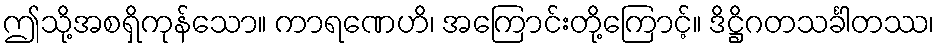
ဤသို့အစရှိကုန်သော။ ကာရဏေဟိ၊ အကြောင်းတို့ကြောင့်။ ဒိဋ္ဌိဂတသင်္ခါတဿ၊